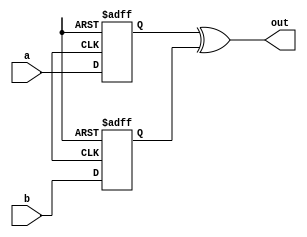
module xor_gate_delay (
    input wire a,
    input wire b,
    output reg out
);

reg delayed_a, delayed_b;

// Define the delay for each input signal
always @(posedge clk or negedge rst) begin
    if (~rst) begin
        delayed_a <= 1'b0;
        delayed_b <= 1'b0;
    end else begin
        delayed_a <= a;
        delayed_b <= b;
    end
end

// XOR gate with synchronized inputs
always @* begin
    out = delayed_a ^ delayed_b;
end

endmodule